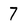
Character: 7